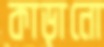
কাড়ানো